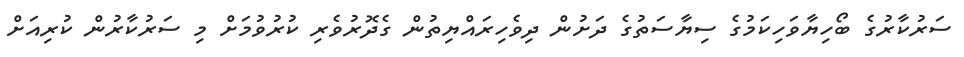
ސަރުކާރުގެ ބޯހިޔާވަހިކަމުގެ ސިޔާސަތުގެ ދަށުން ދިވެހިރައްޔިތުން ގެދޮރުވެރި ކުރުވުމަށް މި ސަރުކާރުން ކުރިއަށް